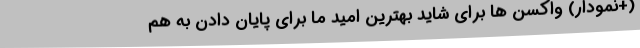
(+نمودار) واکسن ها برای شاید بهترین امید ما برای پایان دادن به هم